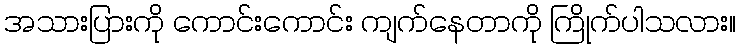
အသားပြားကို ကောင်းကောင်း ကျက်နေတာကို ကြိုက်ပါသလား။